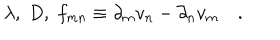
LaTeX: \lambda , \; D , \; f _ { m n } \equiv \partial _ { m } v _ { n } - \partial _ { n } v _ { m } \quad .